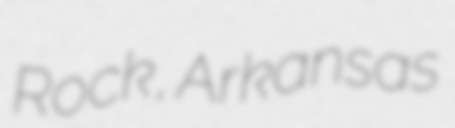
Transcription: Rock, Arkansas